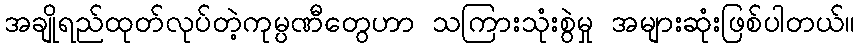
အချိုရည်ထုတ်လုပ်တဲ့ကုမ္ပဏီတွေဟာ သကြားသုံးစွဲမှု အများဆုံးဖြစ်ပါတယ်။